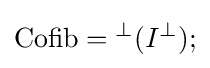
\operatorname {Cofib} ={}^{\perp }(I^{\perp });